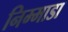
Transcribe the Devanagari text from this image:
निम्माडा